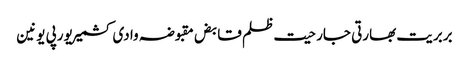
بربریت بھارتی جارحیت ظلم قابض مقبوضہ وادی کشمیر یورپی یونین